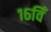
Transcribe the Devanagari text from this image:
१६विँ